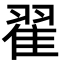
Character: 翟